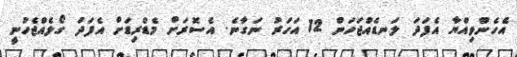
އެހެންވިއްޔާ އެފަދަ ލަނޑެއްޖަހަން 12 އަހަރު ނަގާނެ. އެސޮރަށް މެޑްރިޑަށް އެފަދަ ގޯލެއްޖެހުނީ